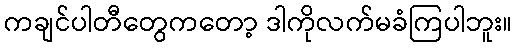
ကချင်ပါတီတွေကတော့ ဒါကိုလက်မခံကြပါဘူး။